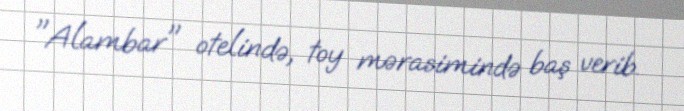
"Alambar" otelində, toy mərasimində baş verib.